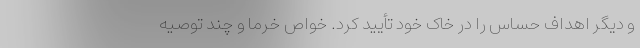
و دیگر اهداف حساس را در خاک خود تأیید کرد. خواص خرما و چند توصیه